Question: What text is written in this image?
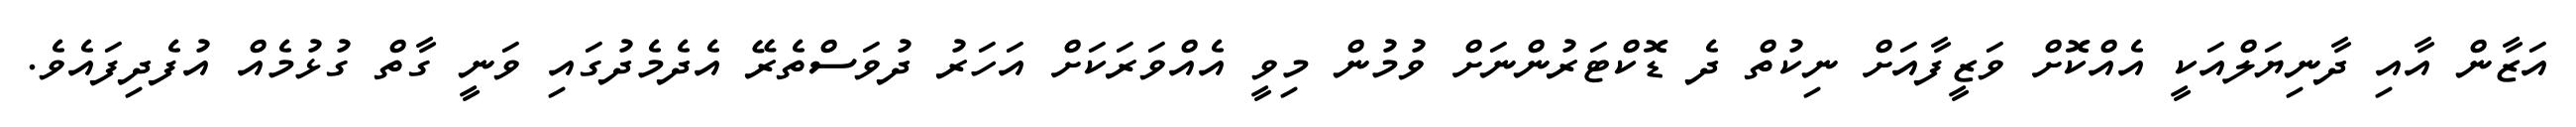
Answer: އަޒާން އާއި ދާނިޔަލްއަކީ އެއްކޮށް ވަޒީފާއަށް ނިކުތް ދެ ޑޮކްޓަރުންނަށް ވުމުން މިވީ އެއްވަރަކަށް އަހަރު ދުވަސްތެރޭ އެދެމެދުގައި ވަނީ ގާތް ގުޅުމެއް އުފެދިފައެވެ.